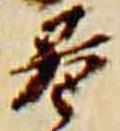
巷